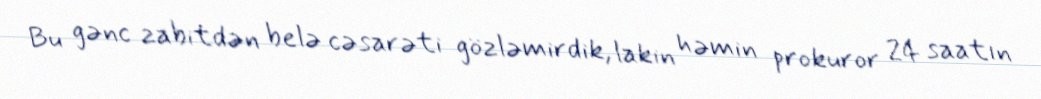
Bu gənc zabitdən belə cəsarəti gözləmirdik, lakin həmin prokuror 24 saatın